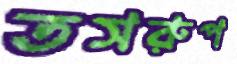
তসরুপ